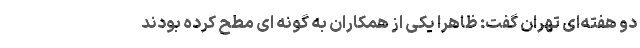
دو هفته‌ای تهران گفت: ظاهرا یکی از همکاران به گونه ای مطح کرده بودند